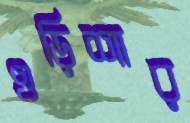
ওড়িশার